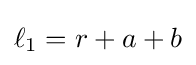
\ell _{1}=r+a+b